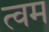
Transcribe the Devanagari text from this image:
त्वम